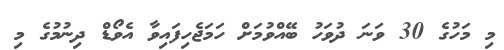
މި މަހުގެ 30 ވަނަ ދުވަހު ބޭއްވުމަށް ހަމަޖެހިފައިވާ އެވޯޑް ދިނުމުގެ މި